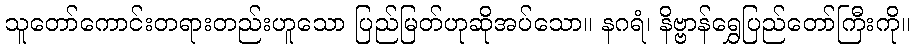
သူတော်ကောင်းတရားတည်းဟူသော ပြည်မြတ်ဟုဆိုအပ်သော။ နဂရံ၊ နိဗ္ဗာန်ရွှေပြည်တော်ကြီးကို။